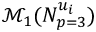
\mathscr { M } _ { 1 } ( N _ { p = 3 } ^ { u _ { i } } )